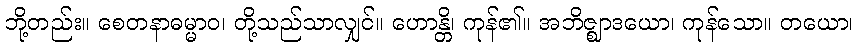
ဘို့တည်း။ စေတနာဓမ္မာဝ၊ တို့သည်သာလျှင်။ ဟောန္တိ၊ ကုန်၏။ အဘိဇ္ဈာဒယော၊ ကုန်သော။ တယော၊